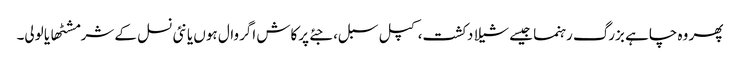
پھر وہ چاہے بزرگ رہنما جیسے شیلا دکشت، کپل سبل، جئے پرکاش اگروال ہوں یا نئی نسل کے شرمشٹھا یا لولی۔